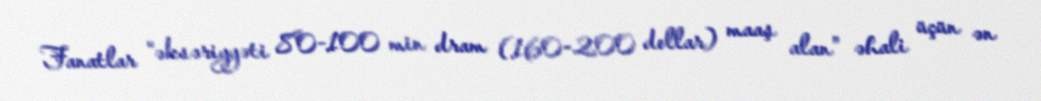
Fanatlar “əksəriyyəti 80-100 min dram (160-200 dollar) maaş alan” əhali üçün ən